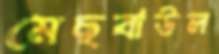
মেছবাউল